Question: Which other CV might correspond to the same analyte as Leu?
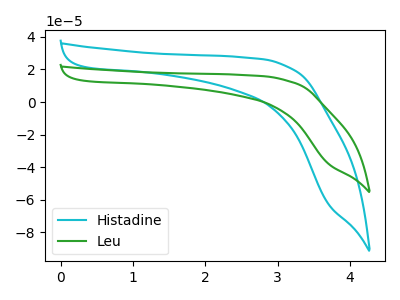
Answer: <think>The cyan curve "Histadine" has no peaks. The green curve "Leu" has no peaks.
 Neither "Histadine" or "Leu" have any peaks.</think>
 <answer>The CV with the most similar shape to "Histadine" is "Leu".</answer>
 <eval>"Leu"</eval>